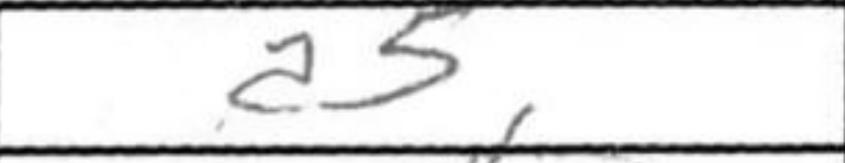
Transcription: a5